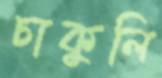
চাকুলি